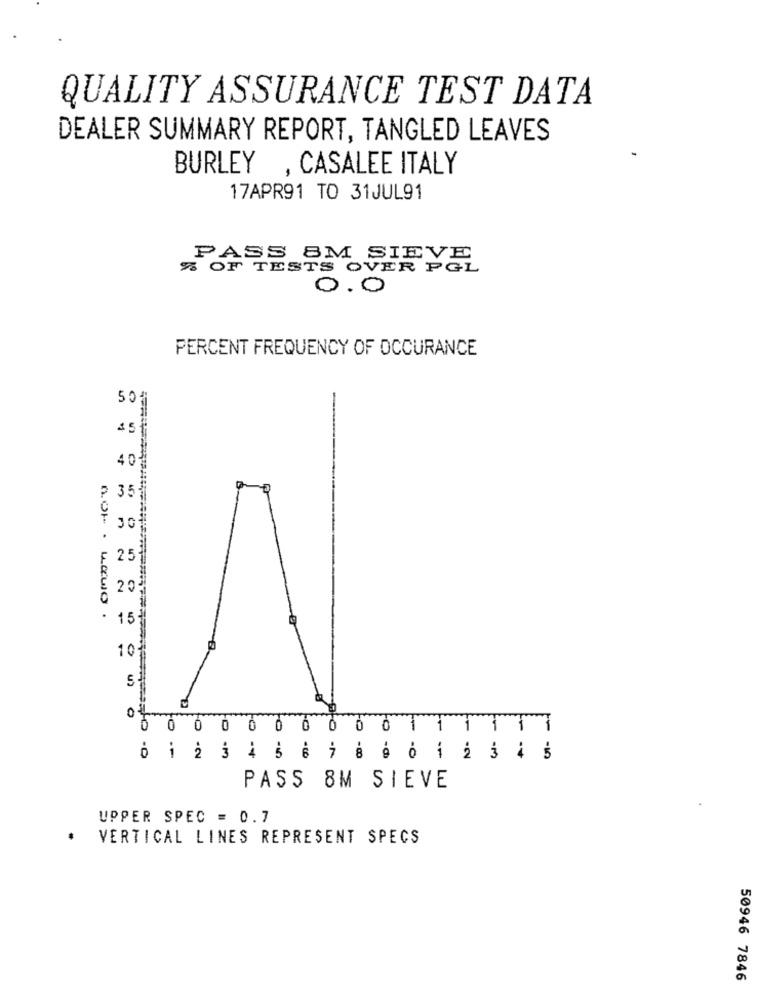
QUALITY ASSURANCE TEST DATA
DEALER SUMMARY REPORT, TANGLED LEAVES
BURLEY , CASALEE ITALY
17APR91 TO 31JUL91
PASS 8M SIEVE
% OF TESTS OVER PGL
0.0
PERCENT FREQUENCY OF OCCURANCE
501
45
401
35
25
20
not . wawo .
15
10
5
CL
0
0 0 0 0 0 0 0 0 0 0
6 1 2 3 4 5 6 7 8 9 0 1 2 3 4 5
PASS 8M SIEVE
UPPER SPEC = 0.7
VERTICAL LINES REPRESENT SPECS
50946 7846